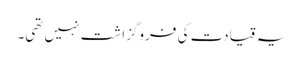
یہ قیادت کی فروگزاشت نہیں تھی۔